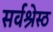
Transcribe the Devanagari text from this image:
सर्वश्रेस्ठ